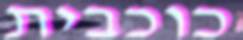
כוכבית